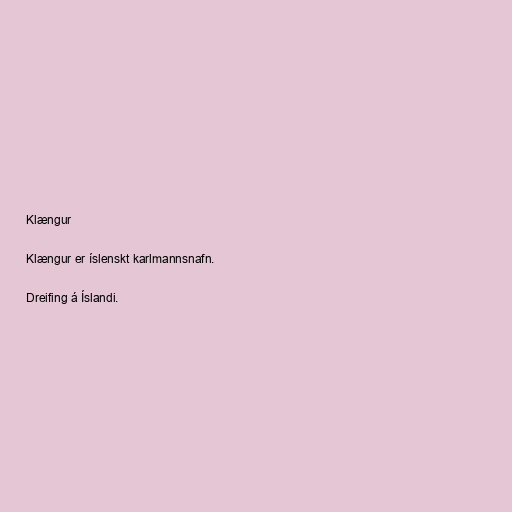
Klængur

Klængur er íslenskt karlmannsnafn.

Dreifing á Íslandi.